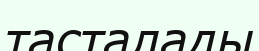
тасталады